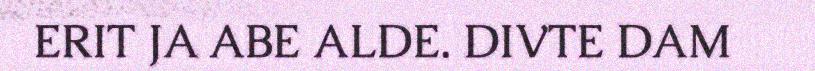
ERIT JA ABE ALDE. DIVTE DAM